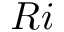
R i